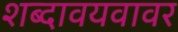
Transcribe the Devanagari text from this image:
शब्दावयवावर